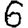
Digit: 6